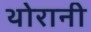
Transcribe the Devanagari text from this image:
थोरानी